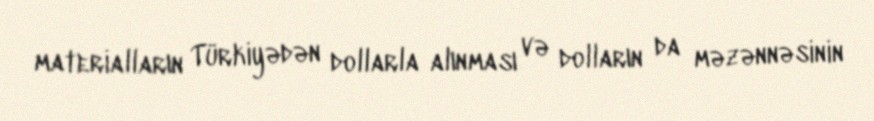
materialların Türkiyədən dollarla alınması və dolların da məzənnəsinin